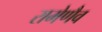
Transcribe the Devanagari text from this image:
रामेणैव